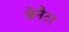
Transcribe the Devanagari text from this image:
बेनैटर